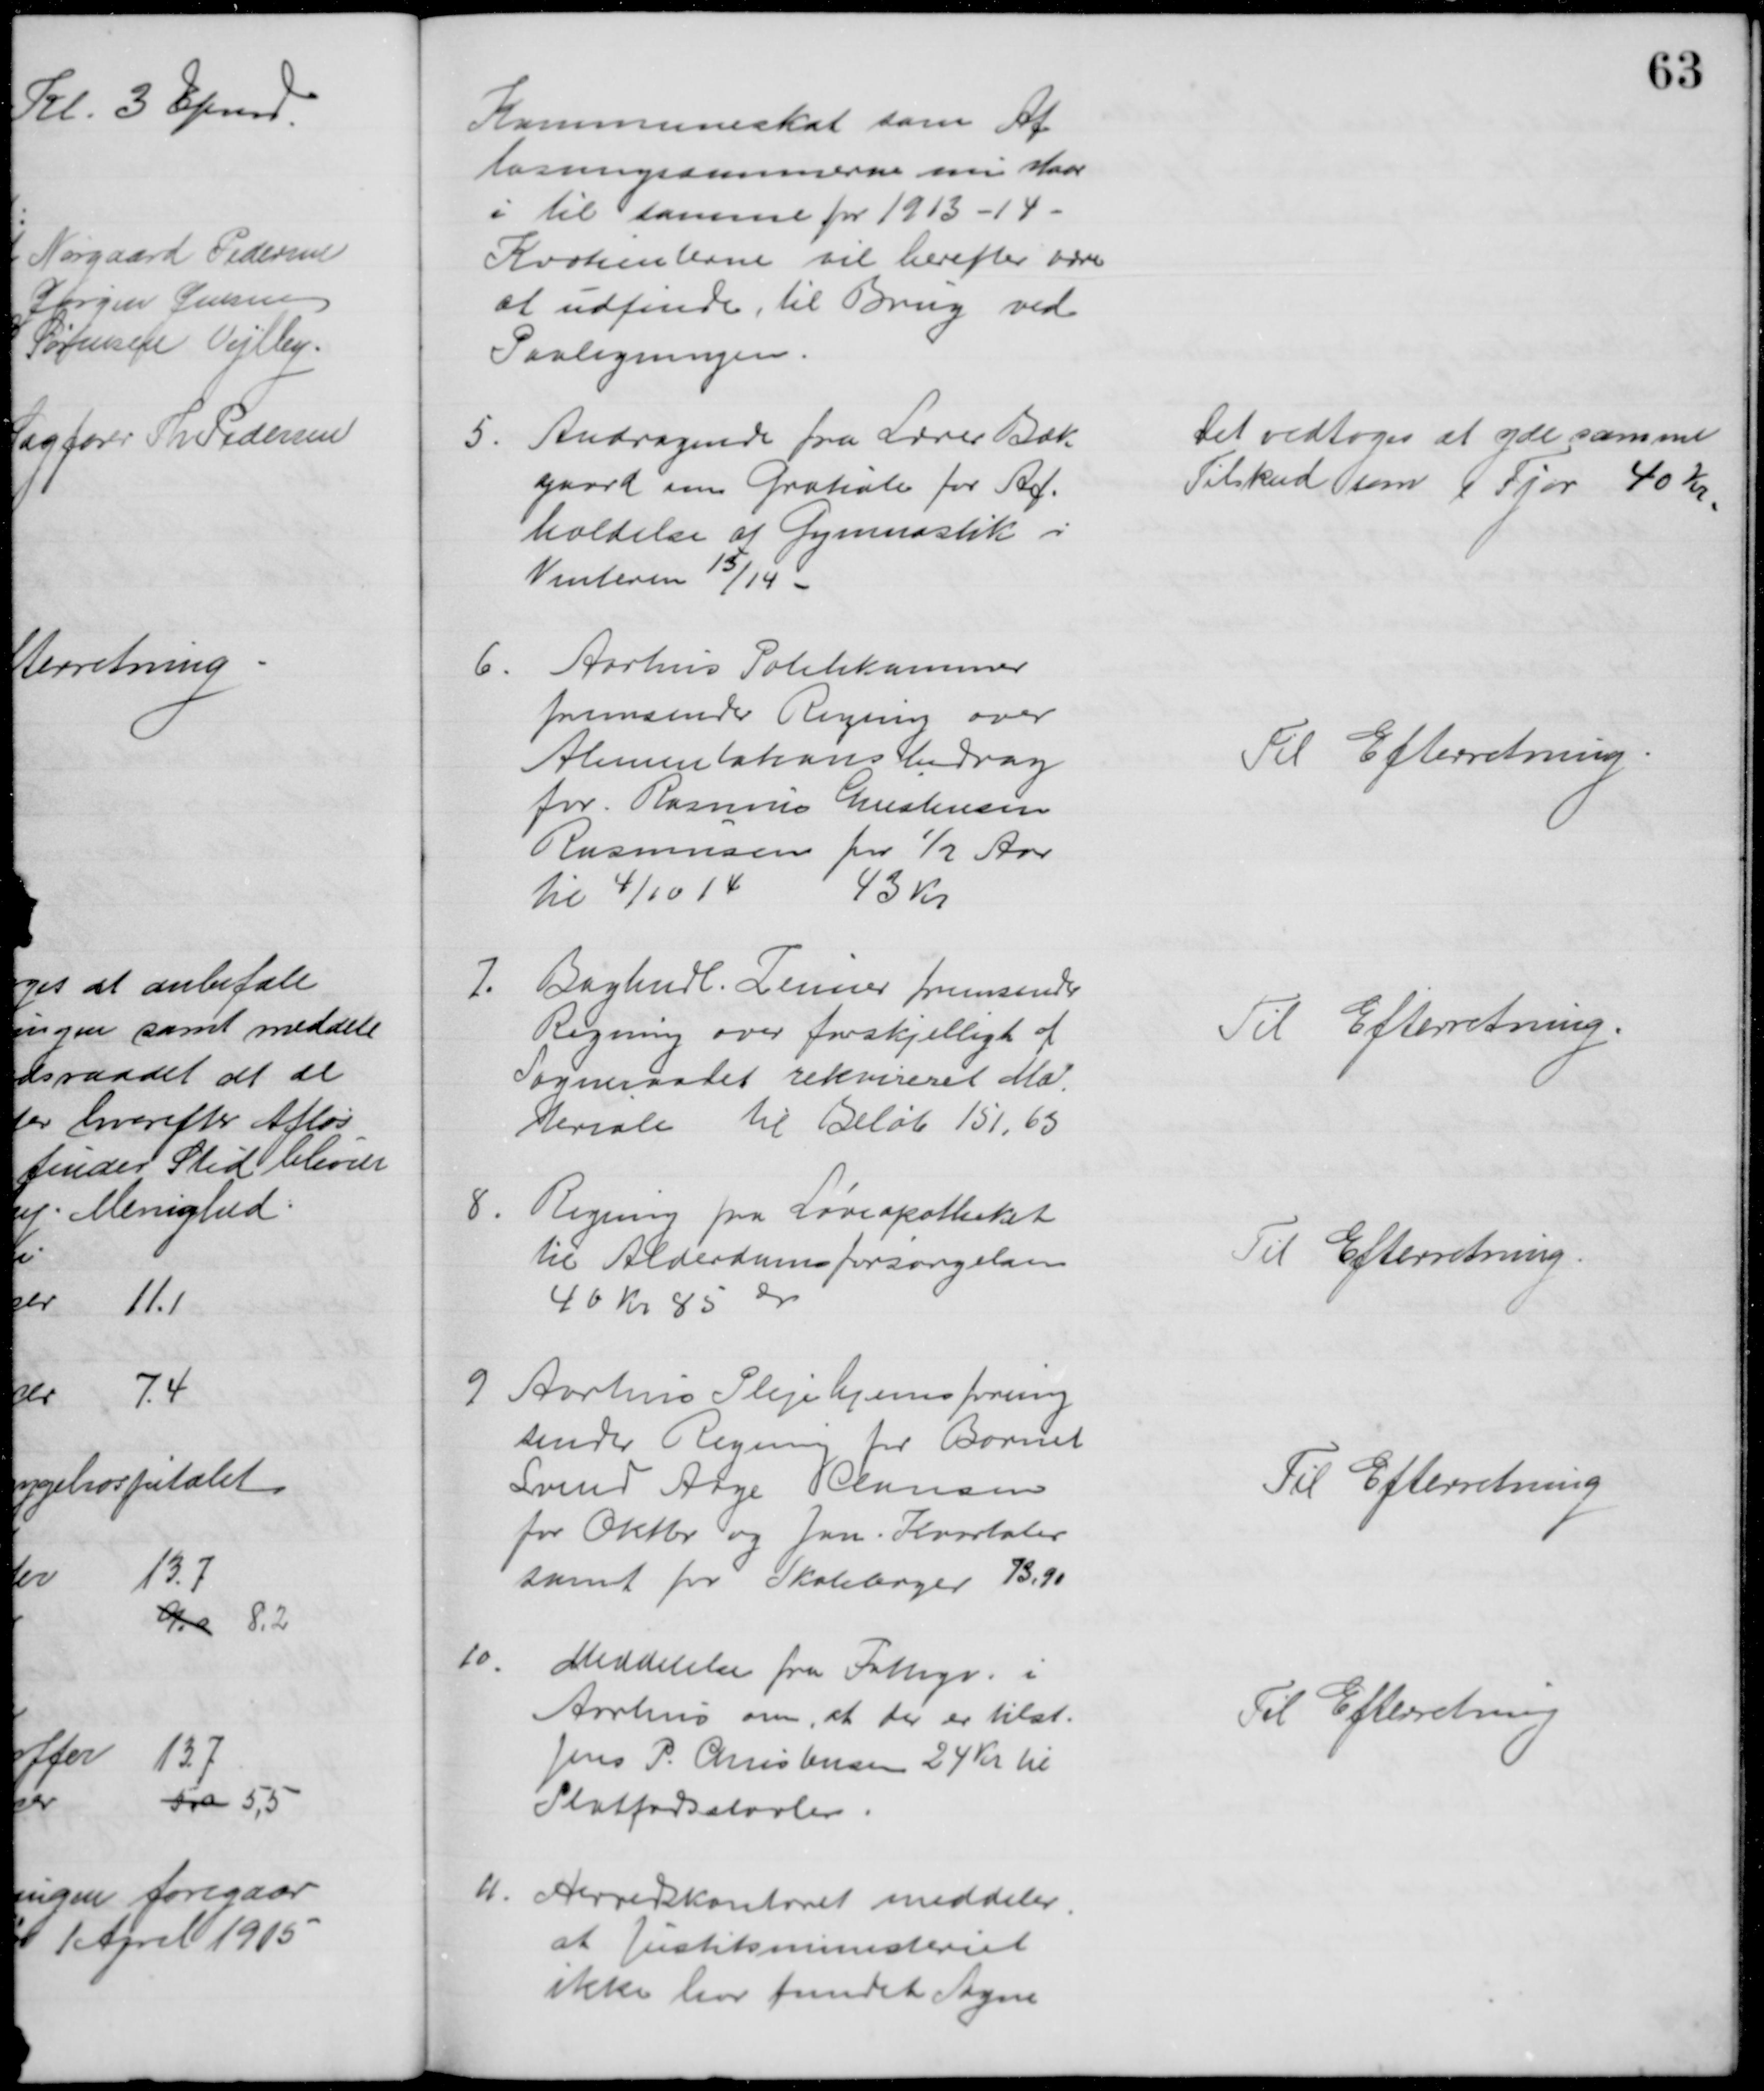
Transskription:
Kommuneskat som Af
løsningssummerne nu staar
i til samme for 1913-14
Kvotienterne vil herefter være
at udfinde, til Brug ved
Paaligningen
5.
Andragende fra Lærer Bæk
gaard om Gratiale for Af-
holdelse af Gymnastik i
Vinteren 13/14
Det vedtoges at yde samme 
Tilskud som i Fjor 40 Kr.
6.
Aarhus Politikammer
fremsender Regning over
Alimentationsbidrag
for. Rasmus Kristensen
Rasmussen for ½ Aar
til 4/10 14
43 Kr.
Til Efterretning
7. Boghndl. Zeuner fremsender
Regning over forskjelligt af
Sogneraadet rekvireret Ma
teriale til Beløb 151,63
Til Efterretning.
8.
Regning fra Løveapotheket
til Alderdomsforsørgelsen
40 kr 85 Ør
Til Efterretning
9
Aarhus Plejehjemsforening
sender Regning for Barnet
Svend Aage Clausen
for Oktbr og Jan. Kvartaler
samt for Skolebøger 73,90
Til Efterretning
10.
Meddelelse fra Fattigv. i
Aarhus om, at der er tilst.
Jens P. Christensen 24 Kr til
Platfodsstøvler.
Til Efterretning
11.
Herredskontoret meddeler,
at Justitsministeriet
ikke har fundet Sogne